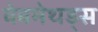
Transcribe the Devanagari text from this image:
वेबमेथड्स